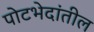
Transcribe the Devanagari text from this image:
पोटभेदांतील